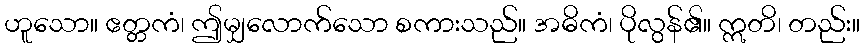
ဟူသော။ ဧတ္တကံ၊ ဤမျှလောက်သော စကားသည်။ အဓိကံ၊ ပိုလွန်၏။ ဣတိ၊ တည်း။